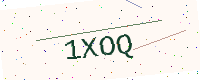
Text: 1XOQ